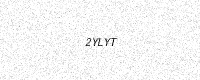
Text: 2YLYT